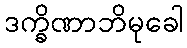
ဒက္ခိဏာဘိမုခေါ